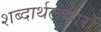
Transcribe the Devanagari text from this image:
शब्दार्थलंकारों